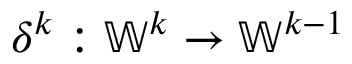
\delta ^ { k } : \mathbb { W } ^ { k } \to \mathbb { W } ^ { k - 1 }